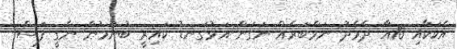
އެކަކާއި 10އާ ދެމެދު ނަމްބަރެއް ނަގަން އަޅުގަނޑު ކައިރީ ބުނުމުން ނެގީ ފަސް